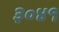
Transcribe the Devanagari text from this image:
३०४१